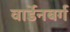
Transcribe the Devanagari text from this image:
वार्डेनबर्ग